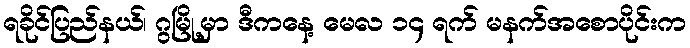
ရခိုင်ပြည်နယ်၊ ဂွမြို့မှာ ဒီကနေ့ မေလ ၁၄ ရက် မနက်အစောပိုင်းက